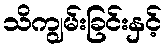
သိကျွမ်းခြင်းနှင့်